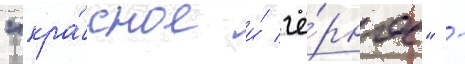
"кра́сное и́ чё́рное" -